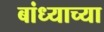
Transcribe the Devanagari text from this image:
बांध्याच्या